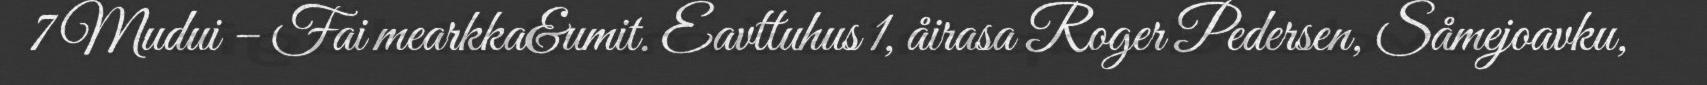
7 Mudui – Fai mearkka&umit. Eavttuhus 1, åirasa Roger Pedersen, Såmejoavku,